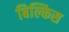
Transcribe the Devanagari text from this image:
बिल्किस